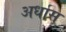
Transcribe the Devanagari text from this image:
अर्धास